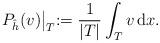
LaTeX: \begin{align*} P_{\hat{h}}(v)\bigl\lvert_T := \frac{1}{|T|}\int_T v\,\mathrm{d}x.\end{align*}